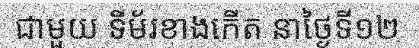
ជាមួយ ទីម័រខាងកើត នាថ្ងៃទី១២